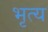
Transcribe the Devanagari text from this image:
भृत्‍य